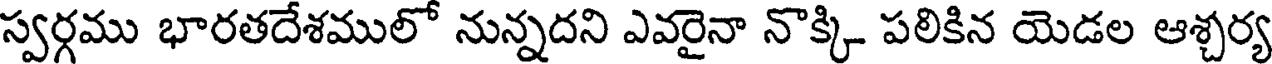
స్వర్గము భారతదేశములో నున్నదని ఎవరైనా నొక్కి పలికిన యెడల ఆశ్చర్య